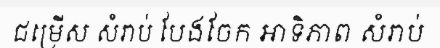
ជម្រើស សំរាប់ បែងចែក អាទិភាព សំរាប់